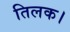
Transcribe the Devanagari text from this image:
तिलक।